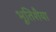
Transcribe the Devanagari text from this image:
भूतिशैया